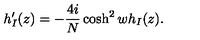
h _ { I } ^ { \prime } ( z ) = - \frac { 4 i } { N } \cosh ^ { 2 } w h _ { I } ( z ) .